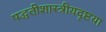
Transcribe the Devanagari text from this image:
पद्धतीशास्त्रीयदृष्टया